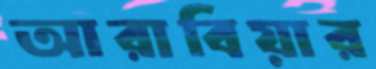
আরাবিয়ার